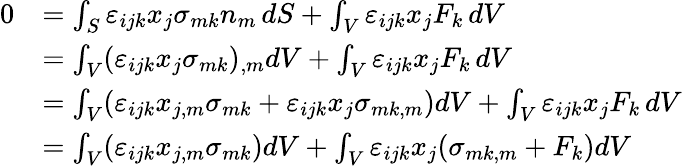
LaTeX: {\begin{array}{rl}{0}&{=\int_{S}\varepsilon_{ijk}x_{j}\sigma_{mk}n_{m}\, dS+\int_{V}\varepsilon_{ijk}x_{j}F_{k}\, dV}\\ &{=\int_{V}(\varepsilon_{ijk}x_{j}\sigma_{mk})_{,m}dV+\int_{V}\varepsilon_{ijk}x_{j}F_{k}\, dV}\\ &{=\int_{V}(\varepsilon_{ijk}x_{j,m}\sigma_{mk}+\varepsilon_{ijk}x_{j}\sigma_{mk,m})dV+\int_{V}\varepsilon_{ijk}x_{j}F_{k}\, dV}\\ &{=\int_{V}(\varepsilon_{ijk}x_{j,m}\sigma_{mk})dV+\int_{V}\varepsilon_{ijk}x_{j}(\sigma_{mk,m}+F_{k})dV}\end{array}}